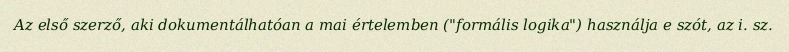
Az első szerző, aki dokumentálhatóan a mai értelemben ("formális logika") használja e szót, az i. sz.